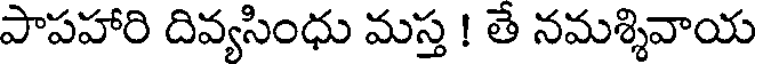
పాపహారి దివ్యసింధు మస్త ! తే నమశ్శివాయ